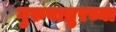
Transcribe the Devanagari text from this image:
गुरुवाय्रुरच्या